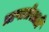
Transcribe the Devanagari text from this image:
प्राप्ततेसाठी